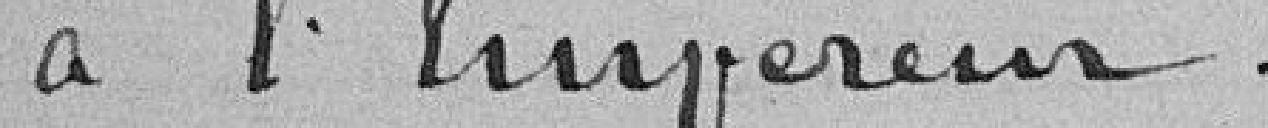
à l'Empereur